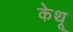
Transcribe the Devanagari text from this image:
केथू